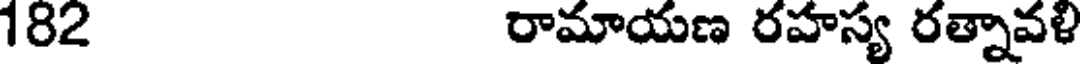
182 రామాయణ రహస్య రత్నావళి